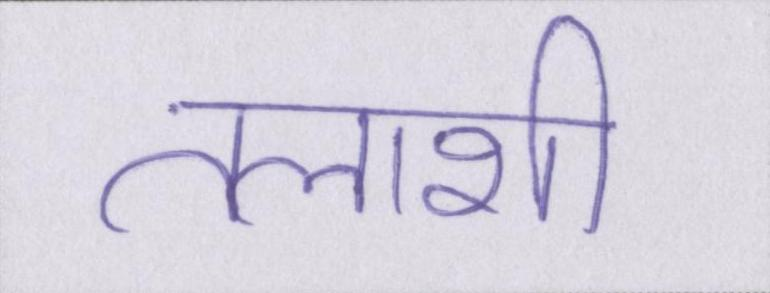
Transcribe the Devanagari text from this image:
तलाशी